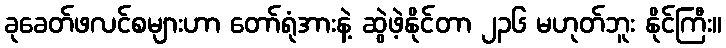
ခုခေတ်ဖလင်စများဟာ တော်ရုံအားနဲ့ ဆွဲဖဲ့နိုင်တာ ၂၃၆ မဟုတ်ဘူး နိုင်ကြီး။